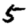
Digit: 5